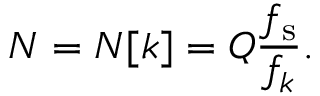
N = N [ k ] = Q { \frac { f _ { \mathrm { s } } } { f _ { k } } } .